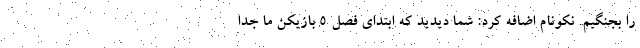
را بجنگیم. نکونام اضافه کرد: شما دیدید که ابتدای فصل ۵ بازیکن ما جدا